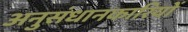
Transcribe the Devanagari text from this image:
अनुसंधानकारियों